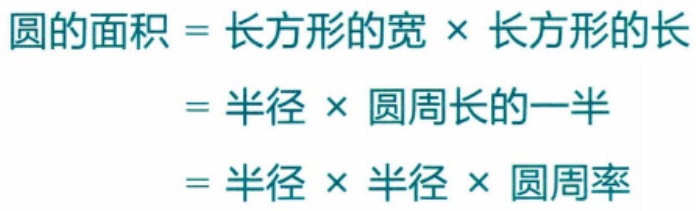
\[

\begin{align*}

圆的面积&=长方形的宽\times长方形的长\\

&=半径\times圆周长的一半\\

&=半径\times半径\times圆周率

\end{align*}

\]